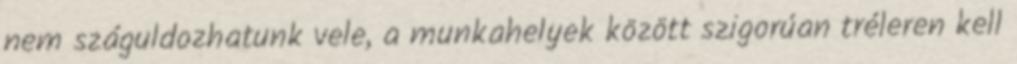
nem száguldozhatunk vele, a munkahelyek között szigorúan tréleren kell